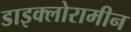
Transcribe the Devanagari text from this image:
डाइक्लोरामीन